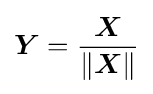
{\boldsymbol {Y}}={\frac {\boldsymbol {X}}{\lVert {\boldsymbol {X}}\rVert }}